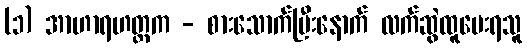
(၁) အာဟာရဟတ္ထက - စားသောက်ပြီးနောက် လက်ဆွဲထူပေးရသူ